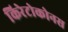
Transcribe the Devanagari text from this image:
किरेटोकोनस